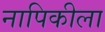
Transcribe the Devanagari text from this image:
नापिकीला